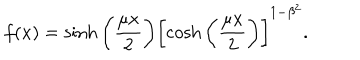
f ( x ) = \sinh { \biggl ( \frac { \mu x } { 2 } \biggr ) } \biggl [ \cosh { \biggl ( \frac { \mu x } { 2 } \biggr ) } \biggr ] ^ { 1 - \beta ^ { 2 } } .